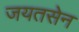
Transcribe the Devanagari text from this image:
जयतसेन